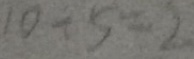
1 0 \div 5 = 2